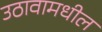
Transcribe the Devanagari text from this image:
उठावामधील